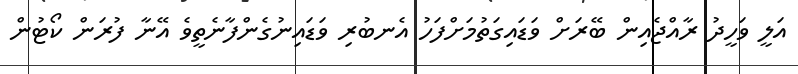
އަލީ ވަހީދު ރާއްޖެއިން ބޭރަށް ވަޑައިގަތުމަށްފަހު އެނބުރި ވަޑައިނުގެންފާނެތީވެ އޭނާ ފުރަން ކޯޓުން